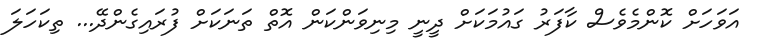
އަވަހަށް ކޮންމެވެސް ކާފަރު ގައުމަކަށް ދީނީ މިނިވަންކަން އޮތް ތަނަކަށް ފުރައިގެންދޭ... ތިކަހަލަ